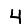
Digit: 4